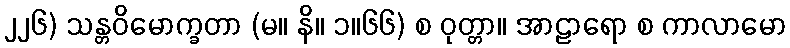
၂၂၆) သန္တဝိမောက္ခတာ (မ။ နိ။ ၁။၆၆) စ ဝုတ္တာ။ အာဠာရော စ ကာလာမော